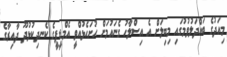
މިއަދުގެ ބައްދަލުވުމުގައި މިބިލަށް އެ އިސްލާހު ގެނައުމަށް ހުށަހެޅުއްވީ އެމްޑީޕީގެ ކެނދިކުޅުދޫ ދާއިރާގެ